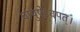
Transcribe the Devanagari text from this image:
चायुषेऽवपत्।